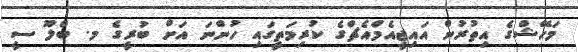
މަހޭޝްގެ އިތުރުން އައިޖީއެމްއެޗްގެ ކުރިމަތީގައި ހުންނަ އަށް ބުރީގެ މ. ބްލޫ ސީ